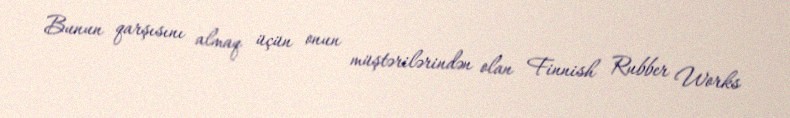
Bunun qarşısını almaq üçün onun müştərilərindən olan Finnish Rubber Works